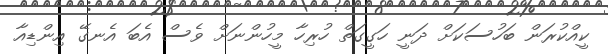
ކީއްކުރަން ބަހުސަކަށް ދަނީ ހަގީގަތް ހުރިހާ މީހުންނަށް ވެސް އެބަ އެނގޭ އިންޑިއާ